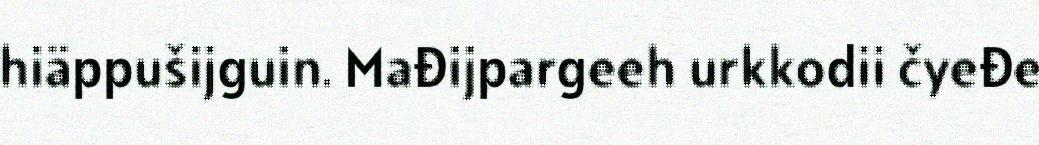
hiäppušijguin. Mađijpargeeh urkkodii čyeđe